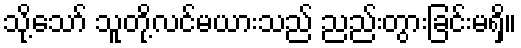
သို့သော် သူတို့လင်မယားသည် ညည်းတွားခြင်းမရှိ။